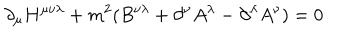
\partial _ { \mu } H ^ { \mu \nu \lambda } + m ^ { 2 } ( B ^ { \nu \lambda } + \partial ^ { \nu } A ^ { \lambda } - \partial ^ { \lambda } A ^ { \nu } ) = 0